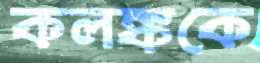
কলঙ্ককে